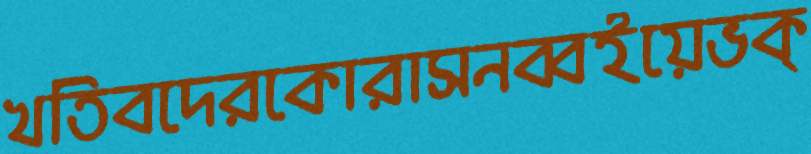
খতিবদেরকোরাসনব্বইয়েভক্